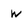
Character: w